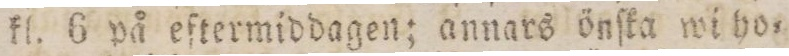
kl. 6 på eftermiddagen; annars önſka wi ho=